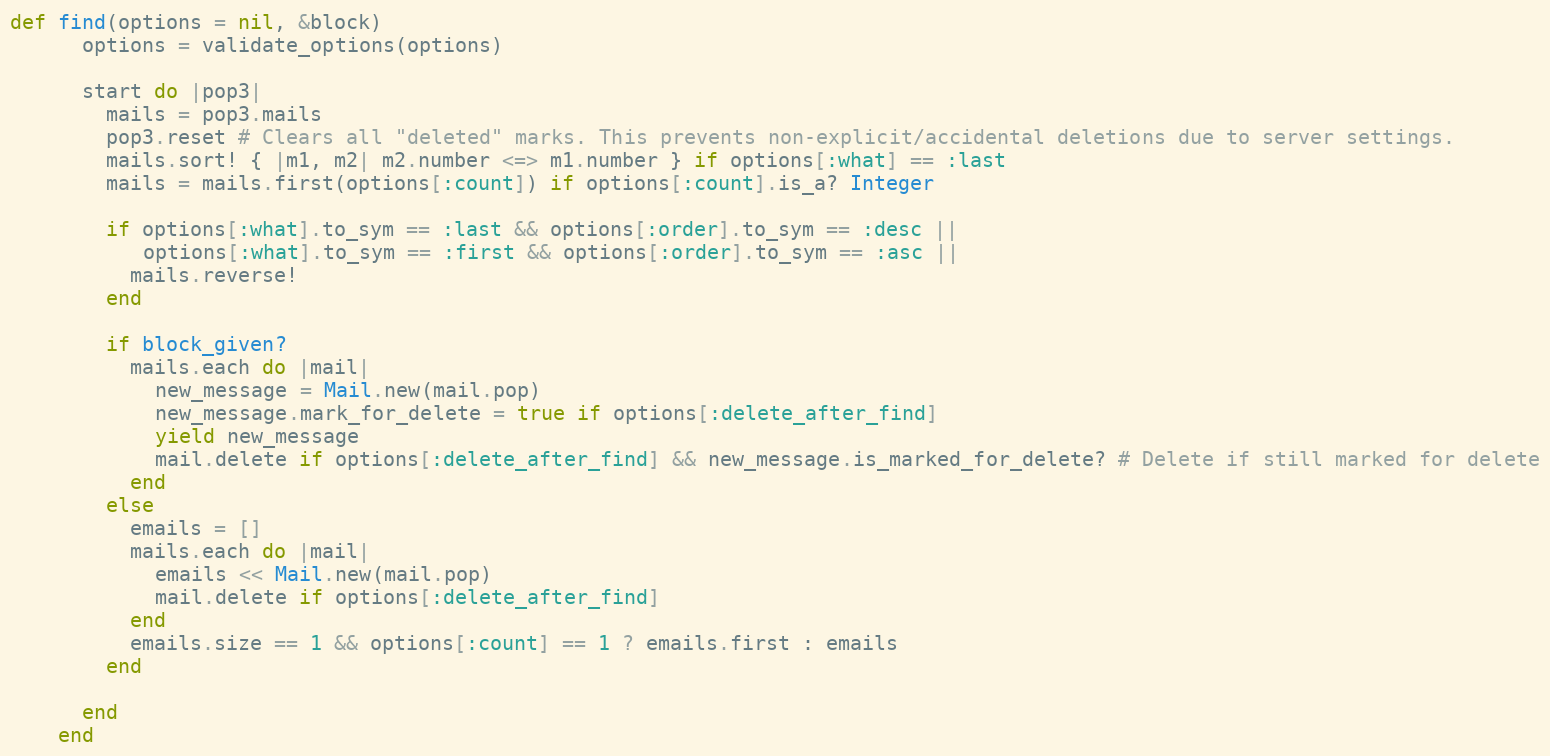
Language: Ruby
def find(options = nil, &block)
      options = validate_options(options)

      start do |pop3|
        mails = pop3.mails
        pop3.reset # Clears all "deleted" marks. This prevents non-explicit/accidental deletions due to server settings.
        mails.sort! { |m1, m2| m2.number <=> m1.number } if options[:what] == :last
        mails = mails.first(options[:count]) if options[:count].is_a? Integer

        if options[:what].to_sym == :last && options[:order].to_sym == :desc ||
           options[:what].to_sym == :first && options[:order].to_sym == :asc ||
          mails.reverse!
        end

        if block_given?
          mails.each do |mail|
            new_message = Mail.new(mail.pop)
            new_message.mark_for_delete = true if options[:delete_after_find]
            yield new_message
            mail.delete if options[:delete_after_find] && new_message.is_marked_for_delete? # Delete if still marked for delete
          end
        else
          emails = []
          mails.each do |mail|
            emails << Mail.new(mail.pop)
            mail.delete if options[:delete_after_find]
          end
          emails.size == 1 && options[:count] == 1 ? emails.first : emails
        end

      end
    end